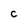
Character: C